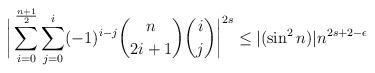
LaTeX: \begin{align*}\bigg|\sum \limits_{i=0}^{\frac{n+1}{2}}\sum \limits_{j=0}^{i}(-1)^{i-j}\binom{n}{2i+1} \binom{i}{j}\bigg|^{2s} \leq |(\sin^2n)|n^{2s+2-\epsilon}\end{align*}